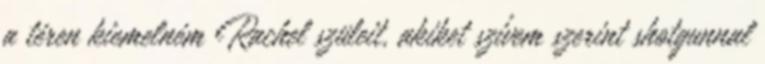
a téren kiemelném Rachel szüleit, akiket szívem szerint shotgunnal